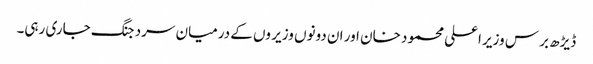
ڈیڑھ بر س وزیر اعلی محمود خان اور ان دونوں وزیر وں کے درمیان سرد جنگ جاری رہی۔